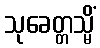
သုခေတ္တသ္မိံ